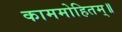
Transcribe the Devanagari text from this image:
काममोहितम्॥